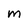
Character: M